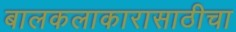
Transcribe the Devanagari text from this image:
बालकलाकारासाठीचा